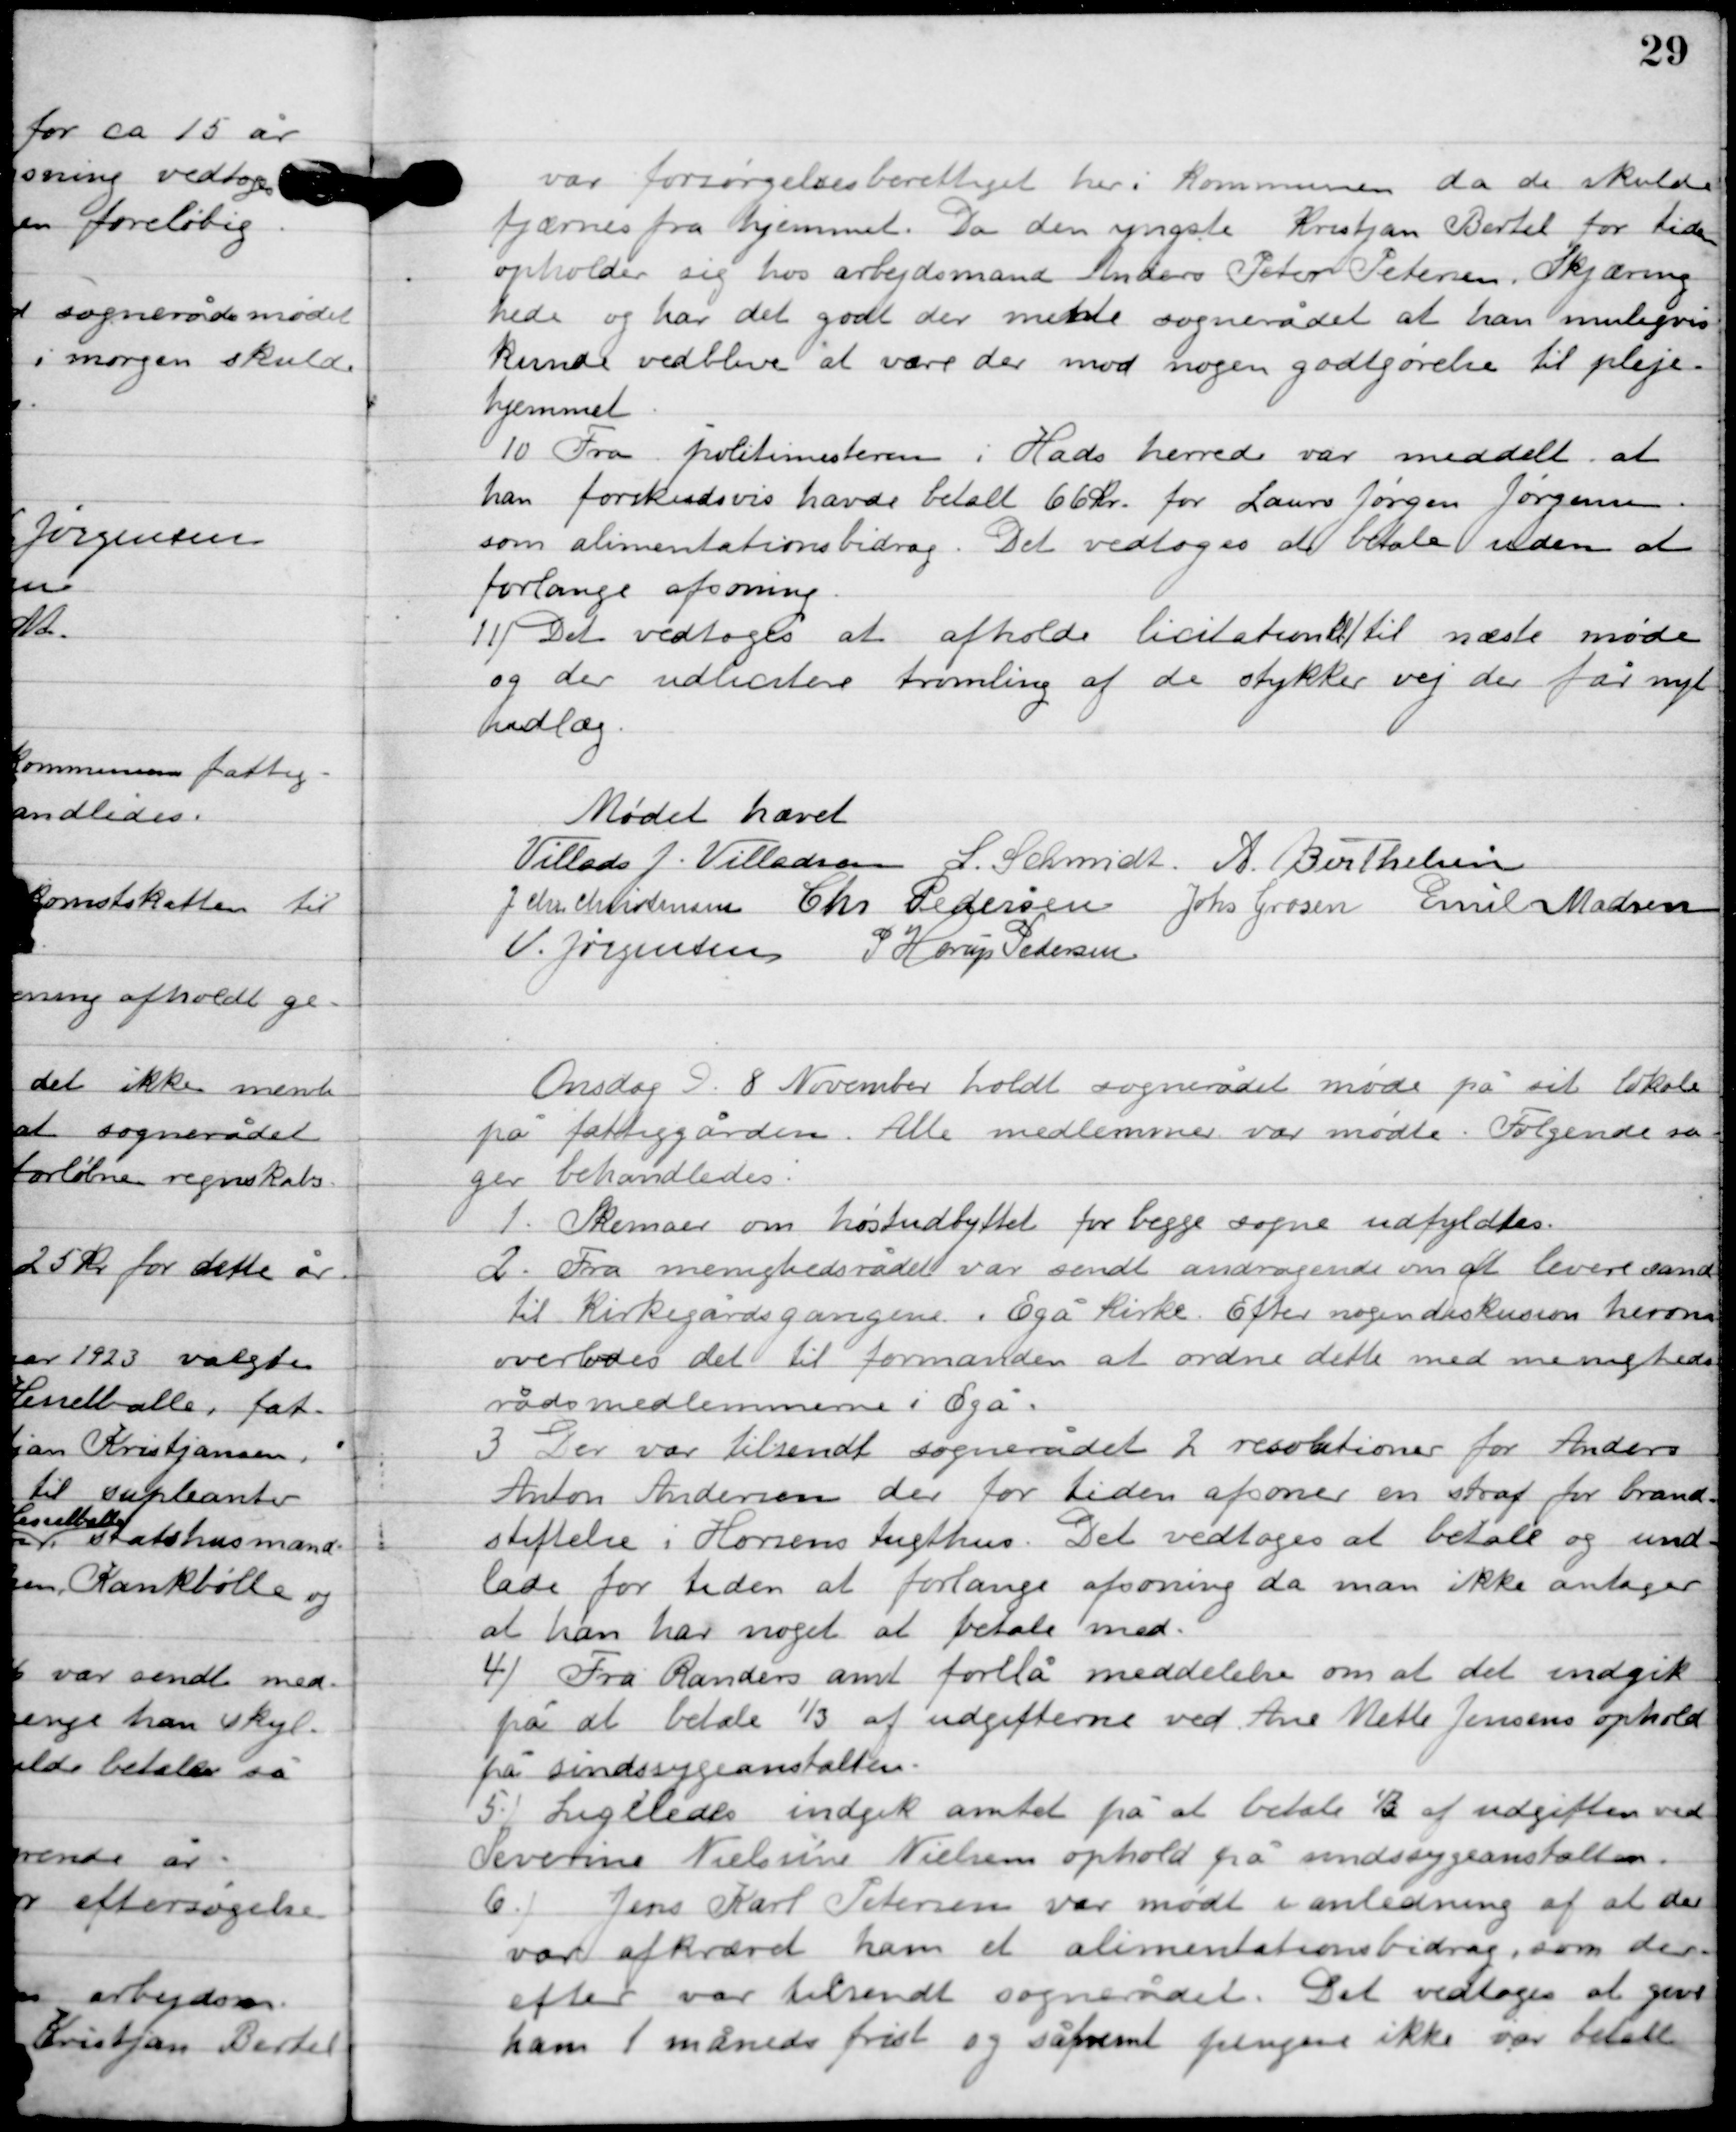
Transskription:
var forsørgelsesberettiget her i Kommunen da de skulde
fjærnes fra hjemmet. Da den yngste Kristjan Bertel for tiden
 opholder sig hos arbejdsmand Anders Peter Petersen. Skjæring
hede og har det godt der mente sognerådet at han muligvis
kunde vedblive at være der mod nogen godtgørelse til pleje-
hjemmet.

10

Fra politimesteren i Hads herred var meddelt at
han forskudsvis havde betalt 66 kr. for Lauris Jørgen Jørgensen
som alimentationsbidrag. Det vedtoges at betale uden at
forlange afsoning.

11

Det vedtoges at afholde licitations til næste møde
 og der udlicitere tromling af de stykker vej der får nyt
nedlæg.

Mødet hævet

Villads J. Villadsen
L. Schmidt
A. Berthelsen
I. Chr. Christensen
Chr. Pedersen
Johs. Grosen
Emil Madsen
V. Jørgensen
P. Horup Pedersen

Onsdag D. 8. November holdt sognerådet møde på sit lokale
 på fattiggården. Alle medlemmer var mødte. Følgende sa-
ger behandledes.

1

Skemaer om høstudbyttet for begge sogne udfyldtes.

2

Fra menighedsrådet var sendt andragende om at levere vand
til kirkegårdsgangene i Egå Kirke. Efter nogen diskussion herom
overlodes det til formanden at ordne dette med menigheds –
rådsmedlemmerne i Egå.

3

Der var tilsendt sognerådet 2 resolutioner fra Anders
Anton Andersen der for tiden afsoner en straf for brand-
stiftelse i Horsens tugthus. Det vedtoges at betale og und-
lade for tiden at forlange afsoning da man ikke antager
at han har noget at betale med.

4

Fra Randers amt forelå meddelelse om at det indgik
på at betale 1/3 af udgifterne ved Ane Mette Jensens ophold
på sindssygeanstalten.

5

Ligeledes indgik amtet på at betale 1/3 af udgiften ved
Severine Nielsine Nilsens ophold på sindssygeanstalten.

6

Jens Karl Petersen var mødt i anledning af at der
var afkrævet ham et alimentationsbidrag, som der-
efter var tilsendt sognerådet. Det vedtoges at give
ham 1 måneds frist og såfremt pengene ikke var betalte